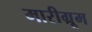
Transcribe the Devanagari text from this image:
मारीग्रूम